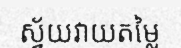
ស្វ័យវាយតម្លៃ